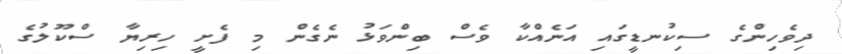
ދިވެހިންގެ ސިކުނޑީގައި އަނެއްކާ ވެސް ބިންވަޅު ނެގެން މި ފެށީ ހިރިޔާ ސްކޫލުގެ